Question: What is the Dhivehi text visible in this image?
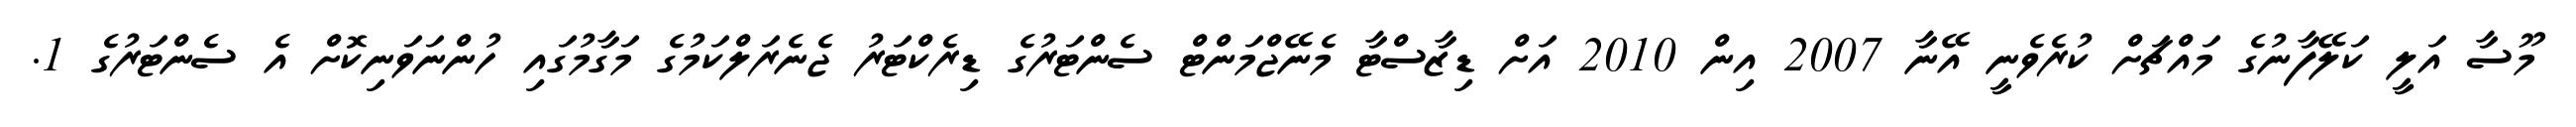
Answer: މޫސާ އަލީ ކަލޭފާނުގެ މައްޗަށް ކުރެވެނީ އޭނާ 2007 އިން 2010 އަށް ޑިޒާސްޓާ މެނޭޖްމަންޓް ސެންޓަރުގެ ޑިރެކްޓަރު ޖެނެރަލްކަމުގެ މަގާމުގައި ހުންނަވަނިކޮށް އެ ސެންޓަރުގެ 1.